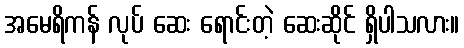
အမေရိကန် လုပ် ဆေး ရောင်းတဲ့ ဆေးဆိုင် ရှိပါသလား။